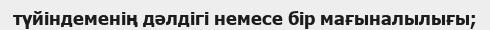
түйіндеменің дәлдігі немесе бір мағыналылығы;